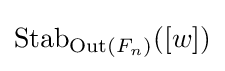
\operatorname {Stab} _{\operatorname {Out} (F_{n})}([w])